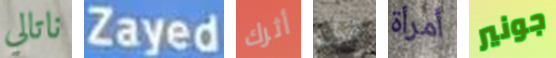
ناتالي Zayed أثرك قبل أمرأة جونير